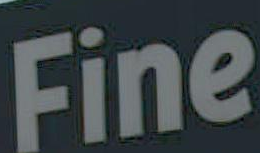
Fine